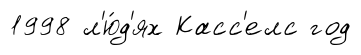
1998 л'ю́д'ях Касс'елс год